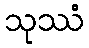
သုဿံ